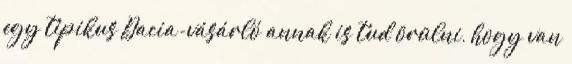
egy tipikus Dacia-vásárló annak is tud örülni, hogy van